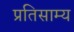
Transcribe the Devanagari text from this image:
प्रतिसाम्य